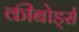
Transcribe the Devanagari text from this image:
कीबोर्ड्स